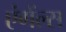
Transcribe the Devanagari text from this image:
एंगेंल्स